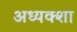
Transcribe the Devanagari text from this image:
अध्यक्शा